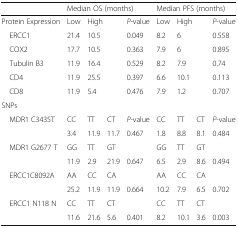
<table><thead><tr><td></td><td colspan="4"><b>Median OS (months)</b></td><td colspan="4"><b>Median PFS (months)</b></td></tr></thead><tbody><tr><td>Protein Expression</td><td>Low</td><td colspan="2">High</td><td><i>P</i>-value</td><td>Low</td><td colspan="2">High</td><td><i>P</i>-value</td></tr><tr><td> ERCC1</td><td>21.4</td><td colspan="2">10.5</td><td>0.049</td><td>8.2</td><td colspan="2">6</td><td>0.558</td></tr><tr><td> COX2</td><td>17.7</td><td colspan="2">10.5</td><td>0.363</td><td>7.9</td><td colspan="2">6</td><td>0.895</td></tr><tr><td> Tubulin B3</td><td>11.9</td><td colspan="2">16.4</td><td>0.529</td><td>8.2</td><td colspan="2">7.9</td><td>0.74</td></tr><tr><td> CD4</td><td>11.9</td><td colspan="2">25.5</td><td>0.397</td><td>6.6</td><td colspan="2">10.1</td><td>0.113</td></tr><tr><td> CD8</td><td>11.9</td><td colspan="2">5.4</td><td>0.476</td><td>7.9</td><td colspan="2">1.2</td><td>0.707</td></tr><tr><td>SNPs</td><td></td><td></td><td></td><td></td><td></td><td></td><td></td><td></td></tr><tr><td> MDR1 C3435T</td><td>CC</td><td>TT</td><td>CT</td><td><i>P</i>-value</td><td>CC</td><td>TT</td><td>CT</td><td><i>P</i>-value</td></tr><tr><td></td><td>3.4</td><td>11.9</td><td>11.7</td><td>0.467</td><td>1.8</td><td>8.8</td><td>8.1</td><td>0.484</td></tr><tr><td> MDR1 G2677 T</td><td>GG</td><td>TT</td><td>GT</td><td></td><td>GG</td><td>TT</td><td>GT</td><td></td></tr><tr><td></td><td>11.9</td><td>2.9</td><td>21.9</td><td>0.647</td><td>6.5</td><td>2.9</td><td>8.6</td><td>0.494</td></tr><tr><td> ERCC1C8092A</td><td>AA</td><td>CC</td><td>CA</td><td></td><td>AA</td><td>CC</td><td>CA</td><td></td></tr><tr><td></td><td>25.2</td><td>11.9</td><td>11.9</td><td>0.664</td><td>10.2</td><td>7.9</td><td>6.5</td><td>0.702</td></tr><tr><td> ERCC1 N118 N</td><td>CC</td><td>TT</td><td>CT</td><td></td><td>CC</td><td>TT</td><td>CT</td><td></td></tr><tr><td></td><td>11.6</td><td>21.6</td><td>5.6</td><td>0.401</td><td>8.2</td><td>10.1</td><td>3.6</td><td>0.003</td></tr></tbody></table>